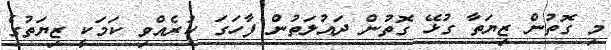
މި ގޮތުން ޒިޔަތާ ގުޅޭ ގޮތުން ދައުލަތުން ފާހަގަ ކުރެއްވި ކަމަކީ ޒިޔަތުގެ